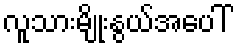
လူသားမျိုးနွယ်အပေါ်